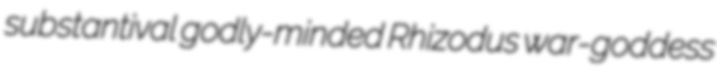
substantival godly-minded Rhizodus war-goddess